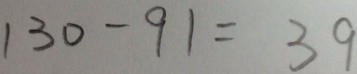
1 3 0 - 9 1 = 3 9